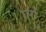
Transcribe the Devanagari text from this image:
एर्रा